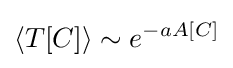
\langle T[C]\rangle \sim e^{-aA[C]}